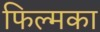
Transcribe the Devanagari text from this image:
फिल्मका